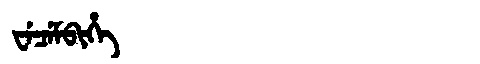
Manchu: ᠸᡝᠴᡝᠮᠪᡳᡥᡝ
Romanization: WECEMBIHE